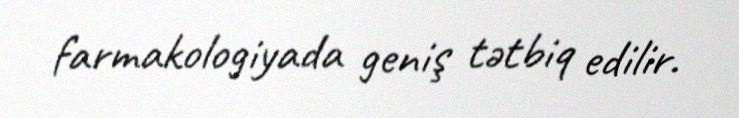
farmakologiyada geniş tətbiq edilir.